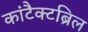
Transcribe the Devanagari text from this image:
कांटैक्टब्रिल